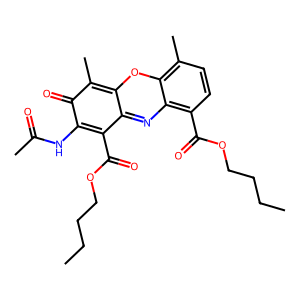
SMILES: CCCCOC(=O)c1c2nc3c(C(=O)OCCCC)ccc(C)c3oc-2c(C)c(=O)c1NC(C)=O
Inhibits HIV replication: No